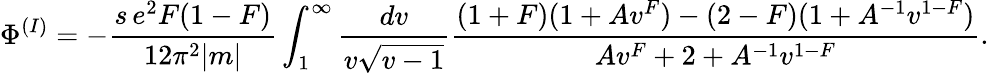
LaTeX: {\Phi}^{(I)}=-\frac{s\, e^{2}F(1-F)}{12{\pi}^{2}|m|}\int_{1}^{\infty}\frac{dv}{v{\sqrt{v-1}}}\frac{(1+F)(1+A{v}^{F})-(2-F)(1+A^{-1}v^{1-F})}{A{v}^{F}+2+A^{-1}v^{1-F}}.